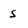
Character: S